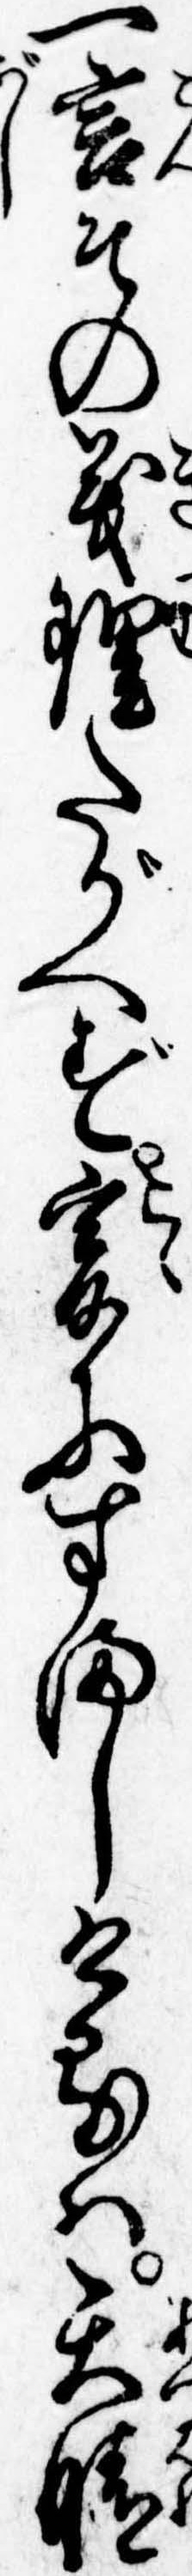
一言その義理たがへず爰にすましけるは天晴